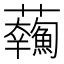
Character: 𩼥